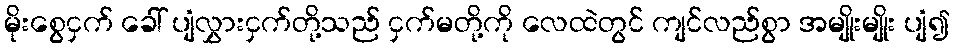
မိုးစွေငှက် ခေါ် ပျံလွှားငှက်တို့သည် ငှက်မတို့ကို လေထဲတွင် ကျင်လည်စွာ အမျိုးမျိုး ပျံ၍